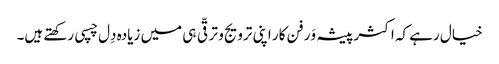
خیال رہے کہ اکثر پیشہ وَر فن کار اپنی ترویج و ترقّی ہی میں زیادہ دِل چسپی رکھتے ہیں۔